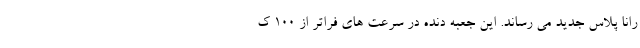
رانا پلاس جدید می رساند. این جعبه دنده در سرعت های فراتر از ۱۰۰ ک